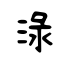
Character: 渌